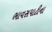
ભાવસપાટીના